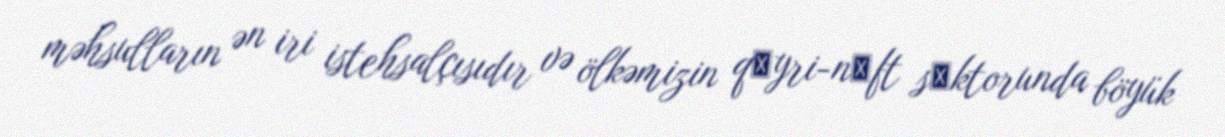
məhsulların ən iri istehsalçısıdır və ölkəmizin qеyri-nеft sеktorunda böyük